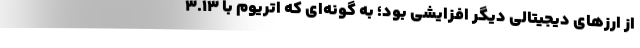
از ارزهای دیجیتالی دیگر افزایشی بود؛ به گونه‌ای که اتریوم با ۳.۱۳